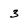
Character: 3